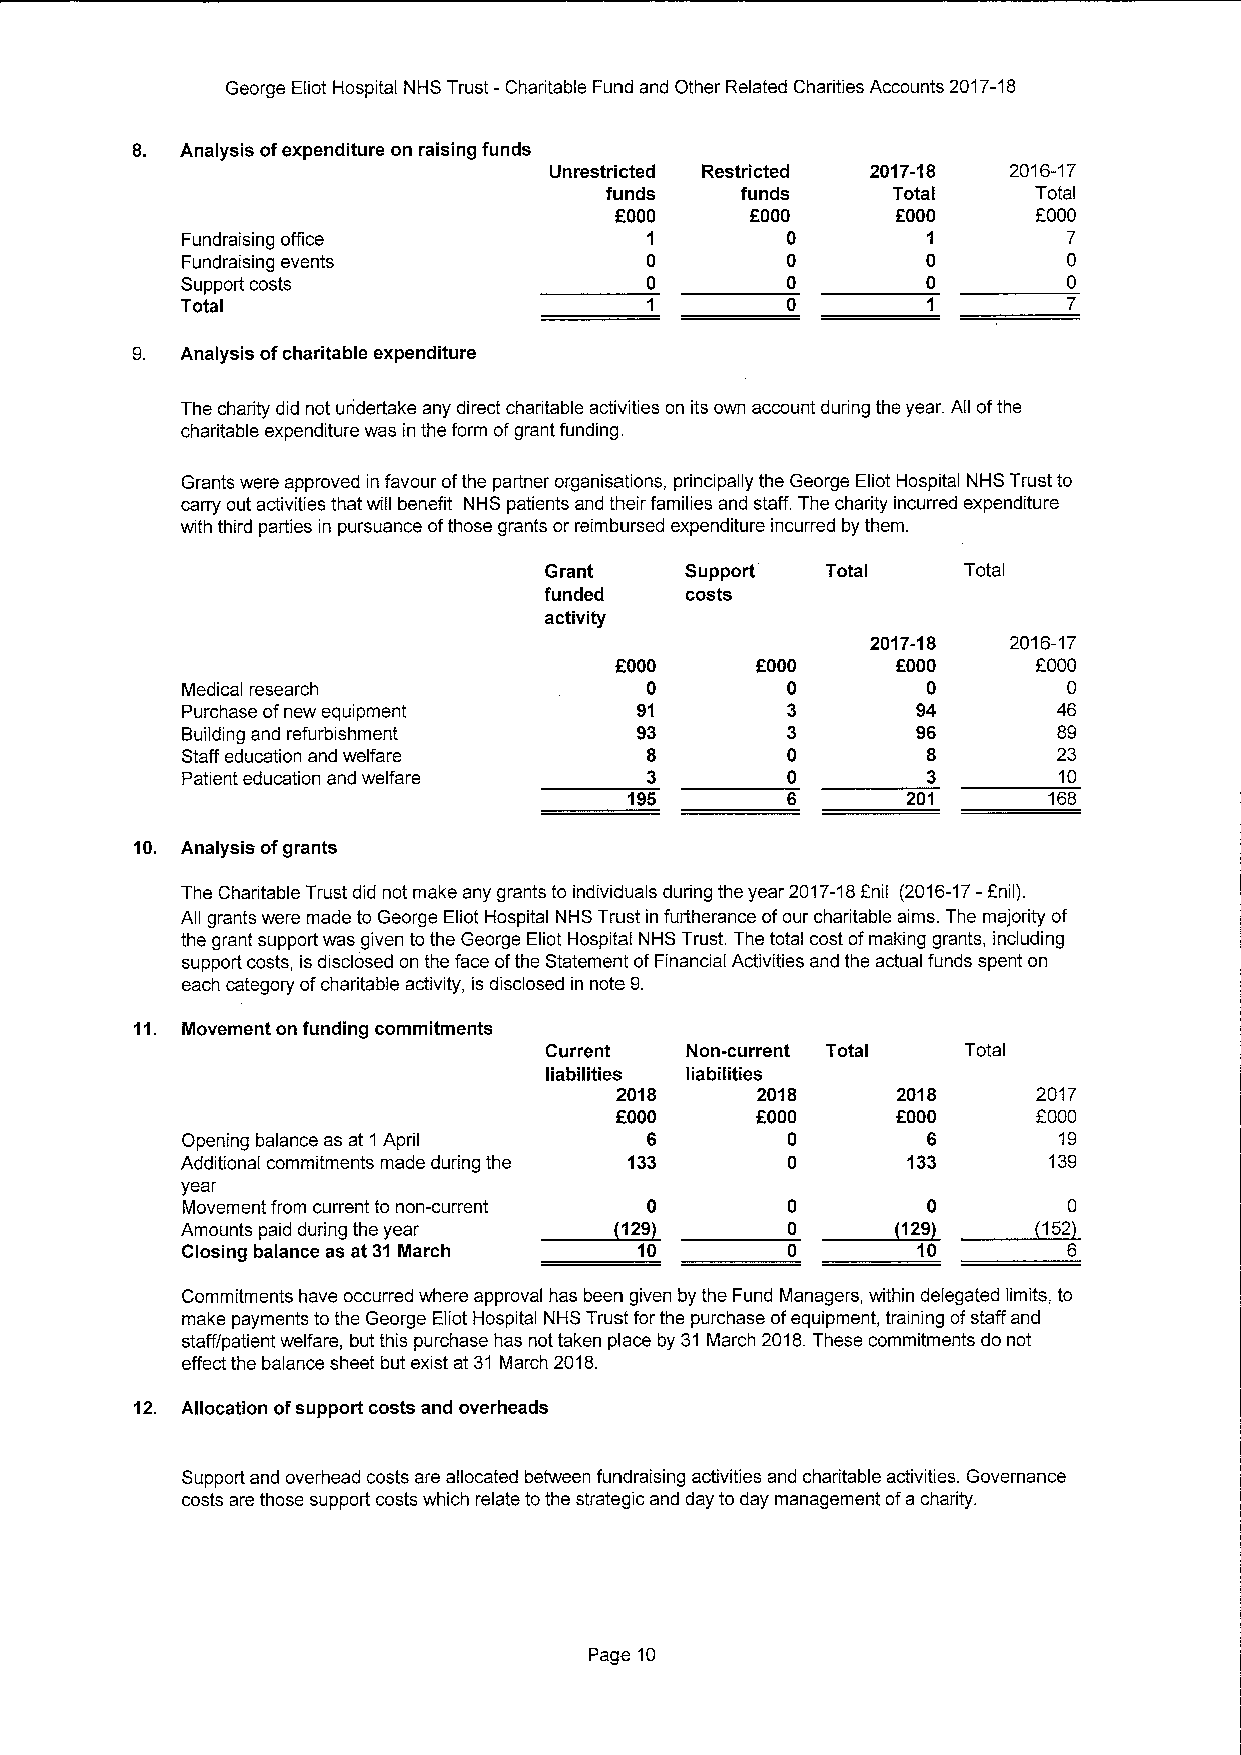
George Eliot Hospital NHS Trust -Charitable Fund and Other Related Charities Accounts 2017-18
 8. Analysis ofexpenditure on raising funds
 Unrestricted Restricted 2017-18 2016-17
 funds    funds     Total    Total
 f000     FOOO     OOOO      F000
 Fundraising office             1        0        1         7
 Fundraising events             0        0        0         0
 Support costs                  0        0        0         0
 Total
 9. Analysis ofcharitable expenditure
 The charity did not uridertake any direct charitable activities on its own account during the year. All ofthe
 charitable expenditure was in the form ofgrant funding.
 Grants were approved in favour ofthe partner organisations, principally the George Eliot Hospital NHS Trust to
 carry out activities that will benefit NHS patients and their families and staff. The charity incurred expenditure
 with third parties in pursuance ofthose grants or reimbursed expenditure incurred by them.
 Grant    Support'  Total    Total
 funded   costs
 activity
 2017-18  2016-17
 OOOO     FOOO     OOOO      F000
 Medical research               0        0        0         0
 Purchase ofnew equipment      91        3        94       46
 Building and refurbishment    93        3        96       89
 Staff education and welfare    8        0        8        23
 Patient education and welfare  3        0        3        10
 195               201      168
 10. Analysis ofgrants
 The Charitable Trust did not make any grants to individuals during the year 2017-18Fnil (2016-17—Fnil).
 All grants were made to George Eliot Hospital NHS Trust in furtherance ofour charitable aims. The majority of
 the grant support was given to the George Eliot Hospital NHS Trust. The total cost ofmaking grants, including
 support costs, is disclosed on the face ofthe Statement ofFinancial Activities and the actual funds spent on
 each category ofcharitable activity, is disclosed in note 9.
 11. Movement on funding commitments
 Current  Non-current Total  Total
 liabilities liabilities
 2018     2018     2018      2017
 f000     OOOO     FOOO      F000
 Opening balance as at 1 April  6        0        6        19
 Additional commitments made during the 133 0    133      139
 year
 Movement from current to non-current ~1290 0 ~1290  ~1520
 Amounts paid during the year            0
 Closing balance as at 31 March 10                10
 Commitments have occurred where approval has been given by the Fund Managers, within delegated limits, to
 make payments to the George Eliot Hospital NHS Trust for the purchase ofequipment, training ofstaff and
 staff/patient welfare, but this purchase has not taken place by 31 March 2018.These commitments do not
 effect the balance sheet but exist at 31 March 2018.
 12. Allocation ofsupport costs and overheads
 Support and overhead costs are allocated between fundraising activities and charitable activities. Governance
 costs are those support costs which relate tothe strategic and day to day management ofa charity.
 Page 10